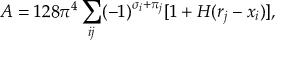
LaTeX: { \cal A } = 1 2 8 \pi ^ { 4 } \sum _ { i j } ( - 1 ) ^ { \sigma _ { i } + \pi _ { j } } [ 1 + H ( r _ { j } - x _ { i } ) ] ,